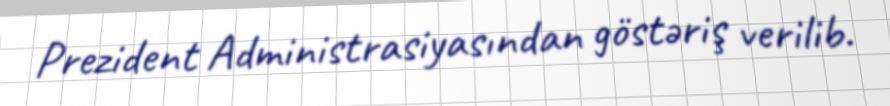
Prezident Administrasiyasından göstəriş verilib.